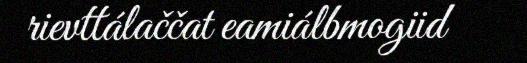
rievttálaččat eamiálbmogiid